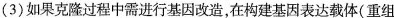
(3)如果克隆过程中需进行基因改造，在构建基因表达载体(重组